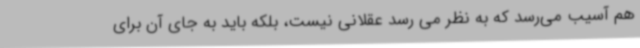
هم آسیب می‌رسد که به نظر می رسد عقلانی نیست، بلکه باید به جای آن برای